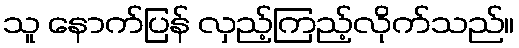
သူ နောက်ပြန် လှည့်ကြည့်လိုက်သည်။